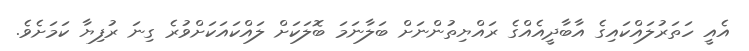
އެއީ ހަތަރުލައްކައިގެ އާބާދީއެއްގެ ރައްޔިތުންނަށް ބަލާނަމަ ބޮލަކަށް ލައްކައަކަށްވުރެ ގިނަ ރުފިޔާ ކަމަށެވެ.